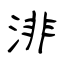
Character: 渄